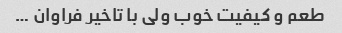
طعم و کیفیت خوب ولی با تاخیر فراوان …